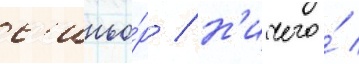
с'иньо́р / н'ичего́ /